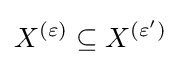
X^{(\varepsilon )}\subseteq X^{(\varepsilon ^{\prime })}